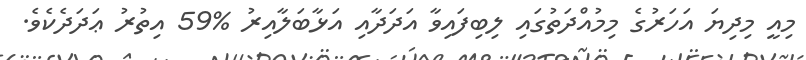
މިއީ މިދިޔަ އަހަރުގެ މިމުއްދަތުގައި ލިބިފައިވާ އަދަދާއި އަޅާބަލާއިރު %59 އިތުރު ޢަދަދެކެވެ.